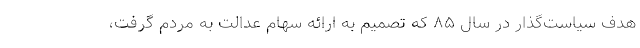
هدف سیاست‌گذار در سال ٨۵ که تصمیم به ارائه سهام عدالت به مردم گرفت،